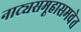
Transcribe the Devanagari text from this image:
नाट्यसमूहासमवेत